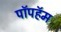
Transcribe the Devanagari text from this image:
पॉपहॅम